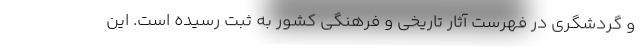
و گردشگری در فهرست آثار تاریخی و فرهنگی کشور به ثبت رسیده است. این